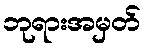
ဘုရားအမှတ်